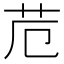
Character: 苊